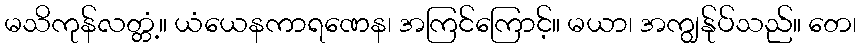
မသိကုန်လတ္တံ့။ ယံယေနကာရဏေန၊ အကြင်ကြောင့်။ မယာ၊ အကျွန်ုပ်သည်။ တေ၊